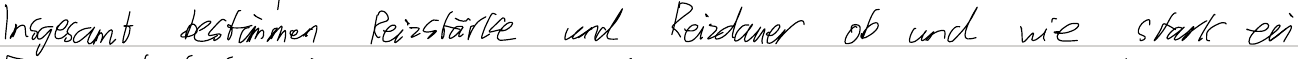
Insgesamt bestimmen Reizstärke und Reizdauer ob und wie stark ein